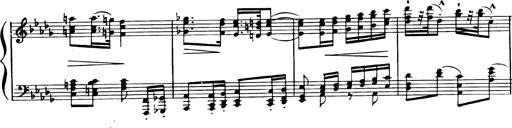
Title: Magyar dalok
Composer: Franz Liszt